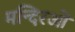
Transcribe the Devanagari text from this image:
मन्दिरओं